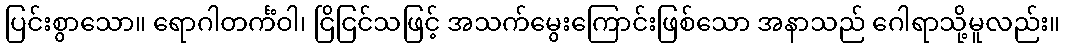
ပြင်းစွာသော။ ရောဂါတင်္ကံဝါ၊ ငြိငြင်သဖြင့် အသက်မွေးကြောင်းဖြစ်သော အနာသည် ဂေါရာသို့မူလည်း။